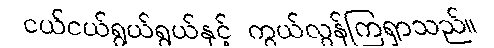
ငယ်ငယ်ရွယ်ရွယ်နှင့် ကွယ်လွန်ကြရှာသည်။